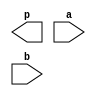
`timescale 1ns/1ns

module four_bit_multiplier (
	output wire [7:0] p,
	input wire [3:0] a,
	input wire [3:0] b
);

	wire [3:0] s0;
	wire [4:0] s1;
	wire [5:0] s2;
	wire [6:0] s3;
	
	and(s0[0], a[0], b[0]);
	and(s0[1], a[1], b[0]);
	and(s0[2], a[2], b[0]);
	and(s0[3], a[3], b[0]);
	
	and(s1[1], a[0], b[1]);
	and(s1[2], a[1], b[1]);
	and(s1[3], a[2], b[1]);
	and(s1[4], a[3], b[1]);

	and(s2[2], a[0], b[2]);
	and(s2[3], a[1], b[2]);
	and(s2[4], a[2], b[2]);
	and(s2[5], a[3], b[2]);
	
	and(s3[3], a[0], b[3]);
	and(s3[4], a[1], b[3]);
	and(s3[5], a[2], b[3]);
	and(s3[6], a[3], b[3]);
	
endmodule